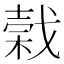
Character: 𢧣